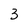
Character: 3